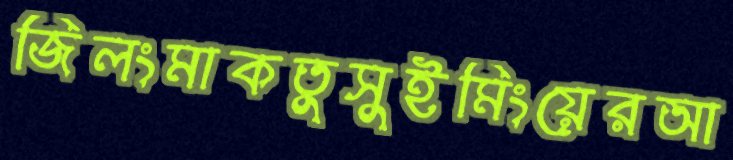
জিলংমাকতুসুইমিংয়েরআ